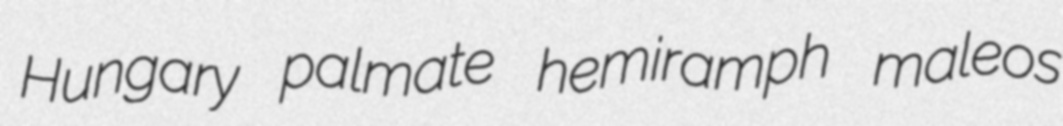
Hungary palmate hemiramph maleos